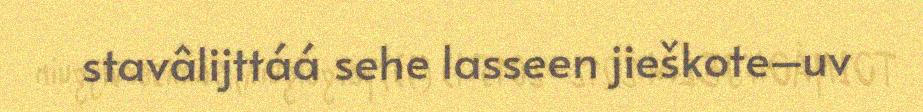
stavâlijttáá sehe lasseen jieškote–uv